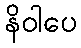
နိဝါပေ